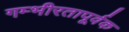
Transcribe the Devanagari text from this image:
गम्भीरतापूर्वक